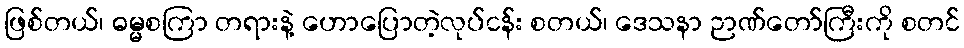
ဖြစ်တယ်၊ ဓမ္မစကြာ တရားနဲ့ ဟောပြောတဲ့လုပ်ငန်း စတယ်၊ ဒေသနာ ဉာဏ်တော်ကြီးကို စတင်